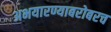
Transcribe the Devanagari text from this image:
अभयारण्याबरोबरच